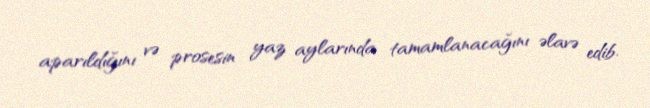
aparıldığını və prosesin yaz aylarında tamamlanacağını əlavə edib.